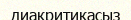
диакритикасыз